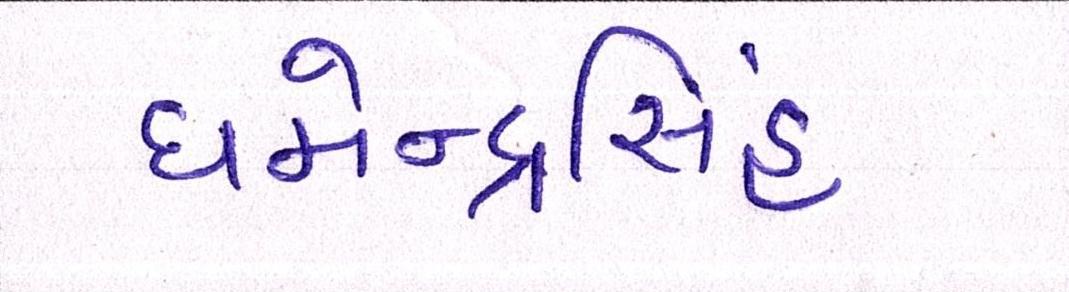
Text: ધર્મેન્દ્રસિંહ